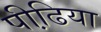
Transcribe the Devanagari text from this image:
पीढि़या